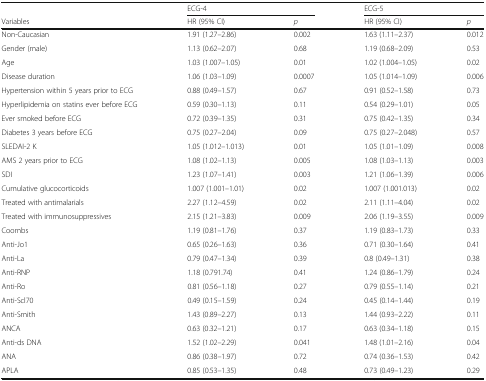
<table><thead><tr><td></td><td colspan="2"><b>ECG-4</b></td><td colspan="2"><b>ECG-5</b></td></tr><tr><td><b>Variables</b></td><td><b>HR (95% CI)</b></td><td><b><i>p</i></b></td><td><b>HR (95% CI)</b></td><td><b><i>p</i></b></td></tr></thead><tbody><tr><td>Non-Caucasian</td><td>1.91 (1.27–2.86)</td><td>0.002</td><td>1.63 (1.11–2.37)</td><td>0.012</td></tr><tr><td>Gender (male)</td><td>1.13 (0.62–2.07)</td><td>0.68</td><td>1.19 (0.68–2.09)</td><td>0.53</td></tr><tr><td>Age</td><td>1.03 (1.007–1.05)</td><td>0.01</td><td>1.02 (1.004–1.05)</td><td>0.02</td></tr><tr><td>Disease duration</td><td>1.06 (1.03–1.09)</td><td>0.0007</td><td>1.05 (1.014–1.09)</td><td>0.006</td></tr><tr><td>Hypertension within 5 years prior to ECG</td><td>0.88 (0.49–1.57)</td><td>0.67</td><td>0.91 (0.52–1.58)</td><td>0.73</td></tr><tr><td>Hyperlipidemia on statins ever before ECG</td><td>0.59 (0.30–1.13)</td><td>0.11</td><td>0.54 (0.29–1.01)</td><td>0.05</td></tr><tr><td>Ever smoked before ECG</td><td>0.72 (0.39–1.35)</td><td>0.31</td><td>0.75 (0.42–1.35)</td><td>0.34</td></tr><tr><td>Diabetes 3 years before ECG</td><td>0.75 (0.27–2.04)</td><td>0.09</td><td>0.75 (0.27–2.048)</td><td>0.57</td></tr><tr><td>SLEDAI-2 K</td><td>1.05 (1.012–1.013)</td><td>0.01</td><td>1.05 (1.01–1.09)</td><td>0.008</td></tr><tr><td>AMS 2 years prior to ECG</td><td>1.08 (1.02–1.13)</td><td>0.005</td><td>1.08 (1.03–1.13)</td><td>0.003</td></tr><tr><td>SDI</td><td>1.23 (1.07–1.41)</td><td>0.003</td><td>1.21 (1.06–1.39)</td><td>0.006</td></tr><tr><td>Cumulative glucocorticoids</td><td>1.007 (1.001–1.01)</td><td>0.02</td><td>1.007 (1.001.013)</td><td>0.02</td></tr><tr><td>Treated with antimalarials</td><td>2.27 (1.12–4.59)</td><td>0.02</td><td>2.11 (1.11–4.04)</td><td>0.02</td></tr><tr><td>Treated with immunosuppressives</td><td>2.15 (1.21–3.83)</td><td>0.009</td><td>2.06 (1.19–3.55)</td><td>0.009</td></tr><tr><td>Coombs</td><td>1.19 (0.81–1.76)</td><td>0.37</td><td>1.19 (0.83–1.73)</td><td>0.33</td></tr><tr><td>Anti-Jo1</td><td>0.65 (0.26–1.63)</td><td>0.36</td><td>0.71 (0.30–1.64)</td><td>0.41</td></tr><tr><td>Anti-La</td><td>0.79 (0.47–1.34)</td><td>0.39</td><td>0.8 (0.49–1.31)</td><td>0.38</td></tr><tr><td>Anti-RNP</td><td>1.18 (0.791.74)</td><td>0.41</td><td>1.24 (0.86–1.79)</td><td>0.24</td></tr><tr><td>Anti-Ro</td><td>0.81 (0.56–1.18)</td><td>0.27</td><td>0.79 (0.55–1.14)</td><td>0.21</td></tr><tr><td>Anti-Scl70</td><td>0.49 (0.15–1.59)</td><td>0.24</td><td>0.45 (0.14–1.44)</td><td>0.19</td></tr><tr><td>Anti-Smith</td><td>1.43 (0.89–2.27)</td><td>0.13</td><td>1.44 (0.93–2.22)</td><td>0.11</td></tr><tr><td>ANCA</td><td>0.63 (0.32–1.21)</td><td>0.17</td><td>0.63 (0.34–1.18)</td><td>0.15</td></tr><tr><td>Anti-ds DNA</td><td>1.52 (1.02–2.29)</td><td>0.041</td><td>1.48 (1.01–2.16)</td><td>0.04</td></tr><tr><td>ANA</td><td>0.86 (0.38–1.97)</td><td>0.72</td><td>0.74 (0.36–1.53)</td><td>0.42</td></tr><tr><td>APLA</td><td>0.85 (0.53–1.35)</td><td>0.48</td><td>0.73 (0.49–1.23)</td><td>0.29</td></tr></tbody></table>